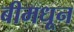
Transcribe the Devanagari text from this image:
बीमधून